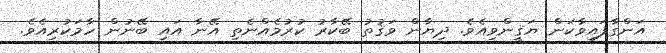
އަންގާފައިވާކަން ޔަޤީންވިއެވެ. ދިޔާން ވަޤުތު ބޭކާރު ކުރުމެއްނެތި އޭނާ އައި ބޭނުން ހާމަކުރިއެވެ.